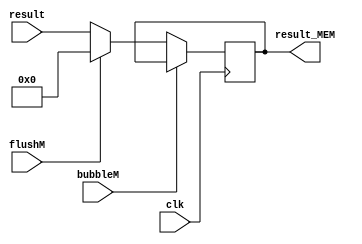
`timescale 1ns / 1ps
//////////////////////////////////////////////////////////////////////////////////
// Company: USTC ESLAB
// 
// Design Name: RV32I Core
// Module Name: Computation Result Seg Reg
// Tool Versions: Vivado 2017.4.1
// Description: Computation result seg reg for EX\MEM
// 
//////////////////////////////////////////////////////////////////////////////////


//  
    // EX\MEMALUPC
// 
    // clk               
    // result            ALUPC
    // bubbleM           MEMbubble
    // flushM            MEMflush
// 
    // result_MEM       
//   
    // 

module Result_MEM(
    input wire clk, bubbleM, flushM,
    input wire [31:0] result,
    output reg [31:0] result_MEM
    );

    initial result_MEM = 0;
    
    always@(posedge clk)
        if (!bubbleM) 
        begin
            if (flushM)
                result_MEM <= 32'h0;
            else 
                result_MEM <= result;
        end
    
endmodule